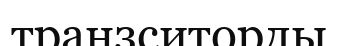
транзситорды